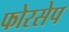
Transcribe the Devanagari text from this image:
फोरसेप